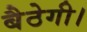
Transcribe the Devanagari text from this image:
बैठेगी।